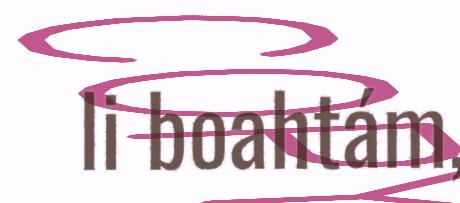
li boahtám,